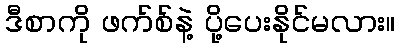
ဒီစာကို ဖက်စ်နဲ့ ပို့ပေးနိုင်မလား။